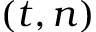
( t , n )